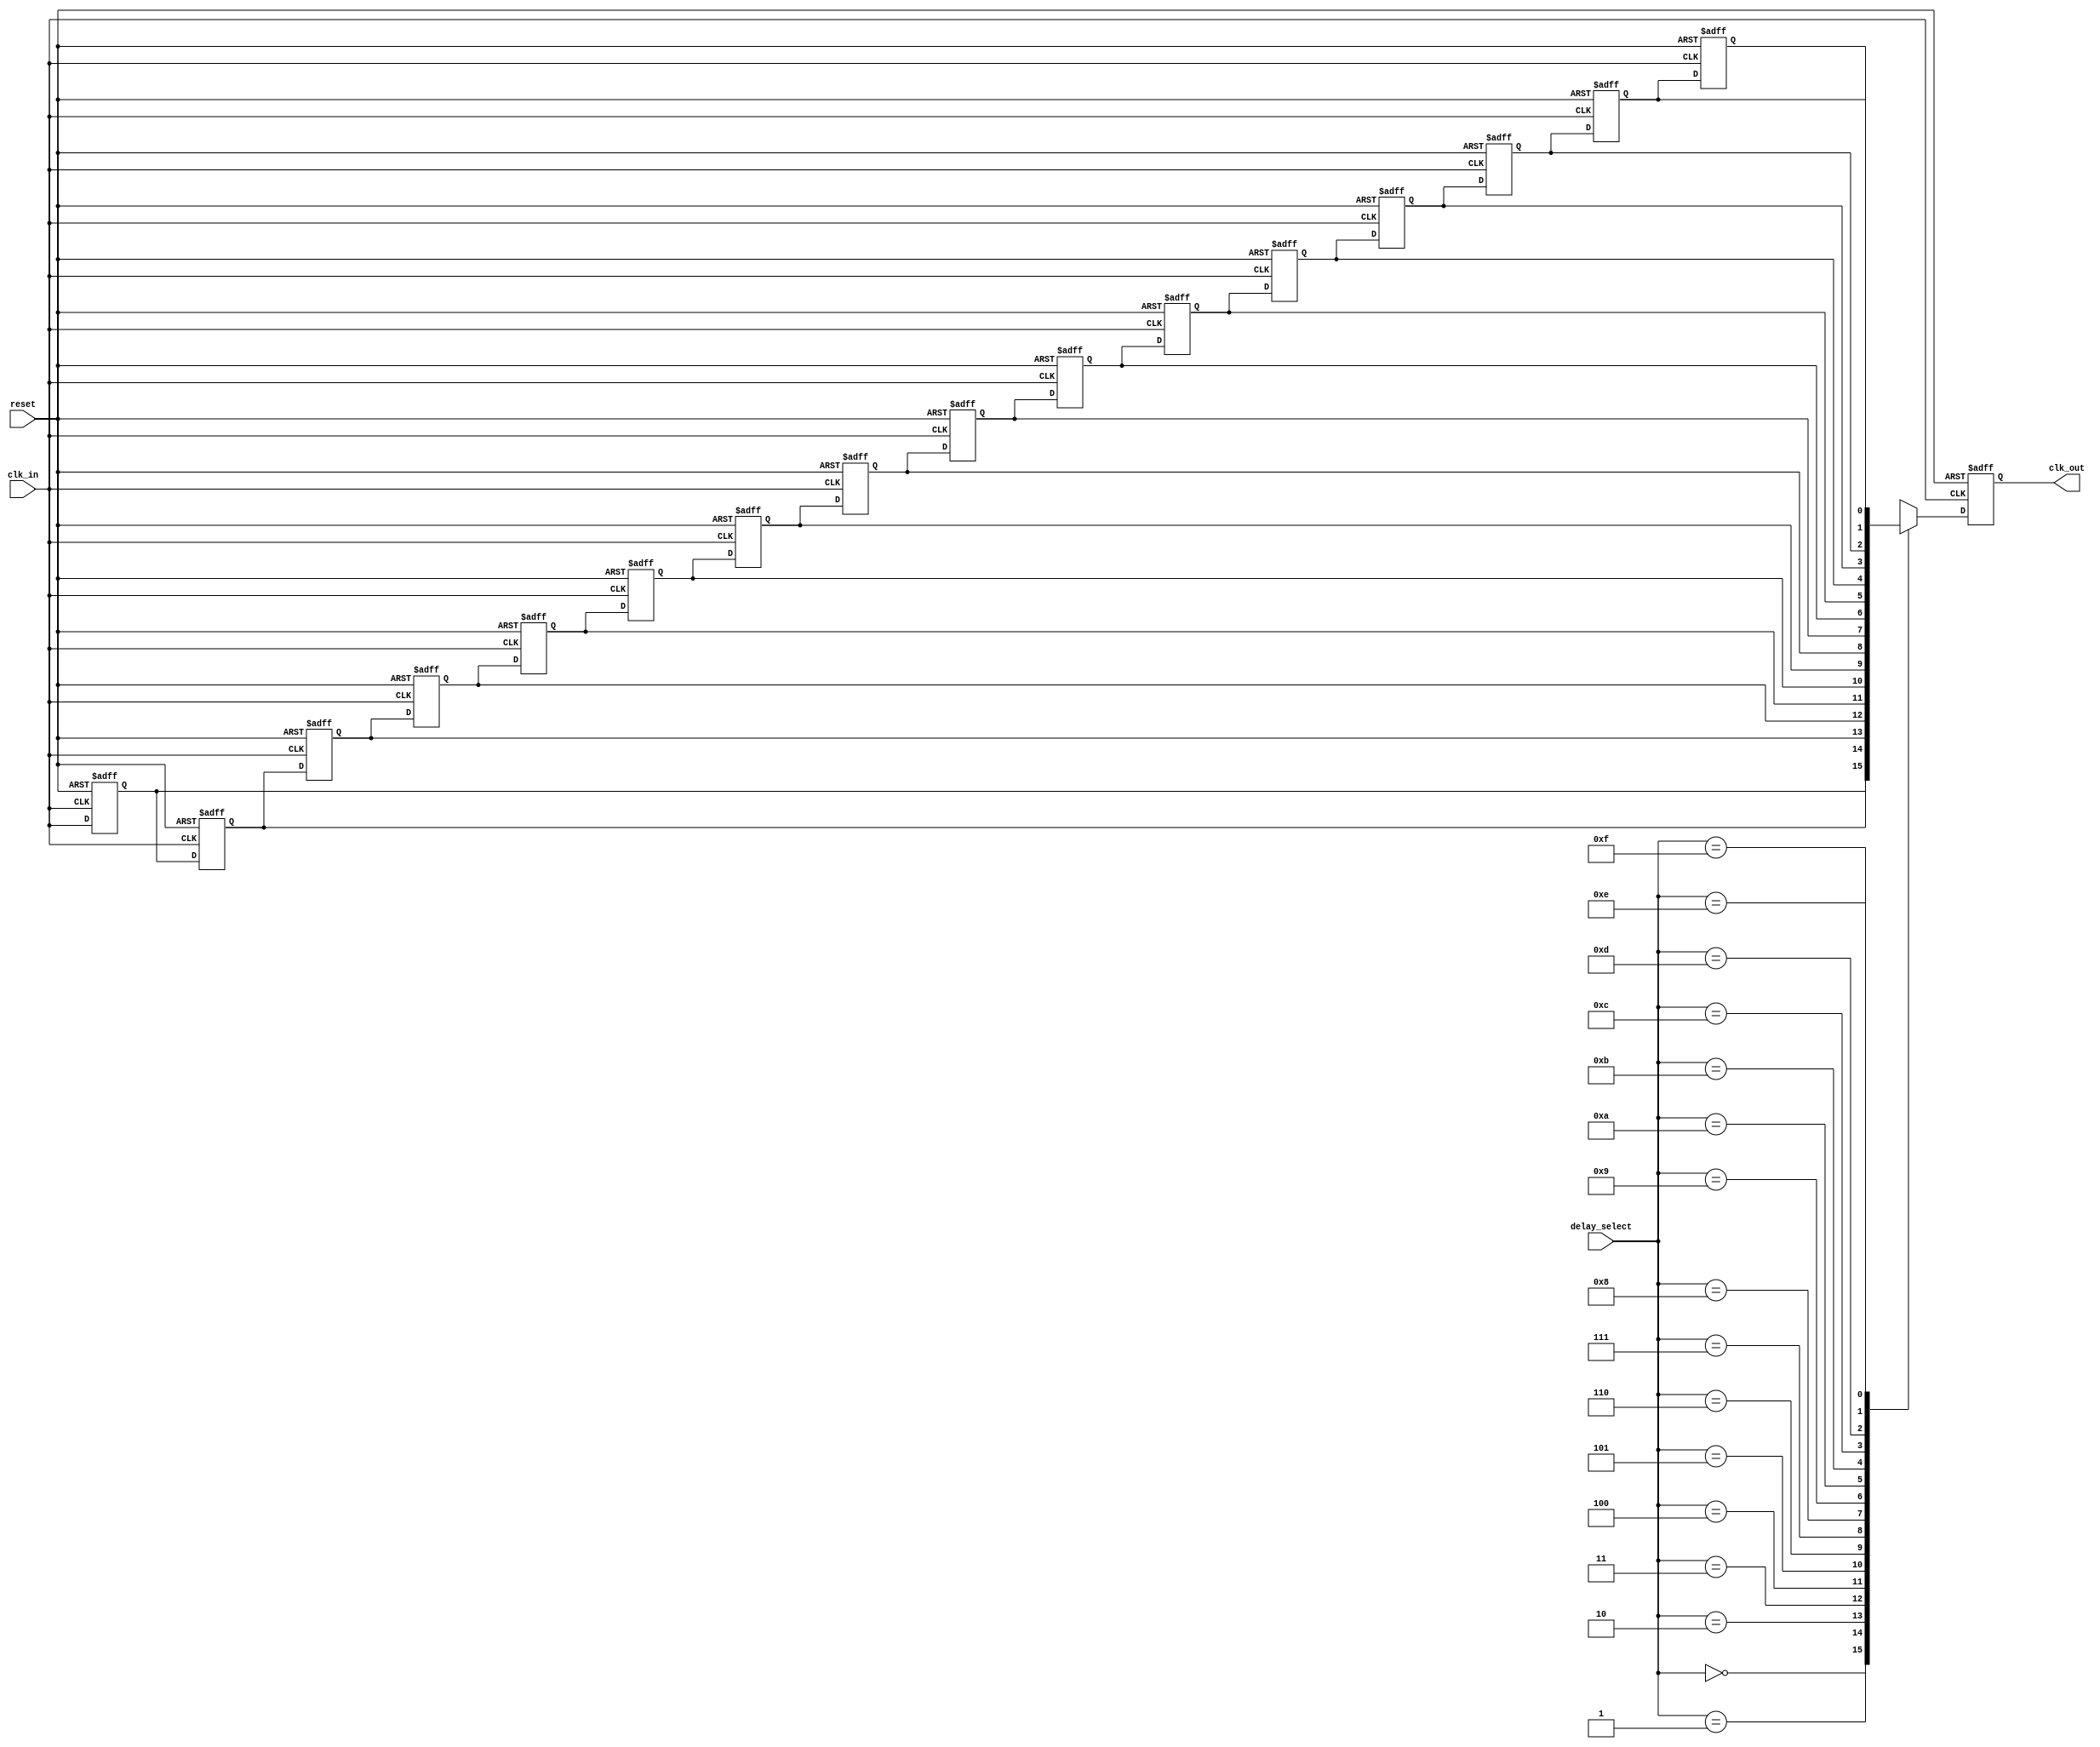
module DelayClockBuffer (
    input wire clk_in,               // Input clock signal
    input wire reset,                // Reset signal
    input wire [3:0] delay_select,   // Delay select control signal
    output reg clk_out               // Delayed clock output
);

    // Internal signals
    reg [3:0] clk_delayed [0:15];     // Array to hold delayed clock states
    integer i;

    // Clock generation logic
    always @(posedge clk_in or posedge reset) begin
        if (reset) begin
            // Reset output clock to low
            clk_out <= 1'b0;
            // Reset delayed clock states
            for (i = 0; i < 16; i = i + 1) begin
                clk_delayed[i] <= 1'b0;
            end
        end else begin
            // Shift the delayed clock states
            for (i = 15; i > 0; i = i - 1) begin
                clk_delayed[i] <= clk_delayed[i - 1];
            end
            // Capture the current clock state
            clk_delayed[0] <= clk_in;
            // Assign delayed clock output based on delay_select
            clk_out <= clk_delayed[delay_select];
        end
    end

endmodule